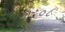
૧૯૦૮